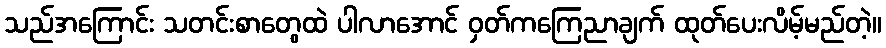
သည်အကြောင်း သတင်းစာတွေထဲ ပါလာအောင် ဝှတ်ကကြေညာချက် ထုတ်ပေးလိမ့်မည်တဲ့။